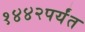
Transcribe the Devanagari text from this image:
१४४२पर्यंत